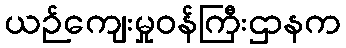
ယဉ်ကျေးမှုဝန်ကြီးဌာနက